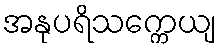
အနုပရိသက္ကေယျ